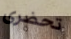
تحضرى